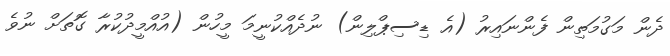
ދެން މަގުމަތިން ފެންނައިރު (އެ ޑިސިޕްލިން) ނުދެއްކުނީމަ މީހުން (އުއްމީދުކުރާ ގޮތަށް ނުވެ